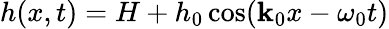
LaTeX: h(x,t)=H+h_{0}\cos(\mathbf{k}_{0}x-\omega_{0}t)